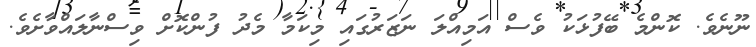
ނޫނެވެ. ކޮންމެ ބޭފުޅަކު ވެސް އަމިއްލަ ނަޒަރުގައި މިކަމާ މެދު ފުންކޮށް ވިސްނާލައްވާށެވެ.